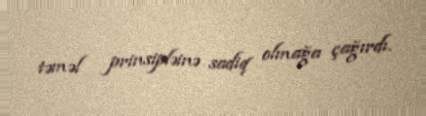
təməl prinsipləinə sadiq olmağa çağırdı.